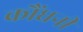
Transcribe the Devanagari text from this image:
कौंधनी